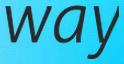
way